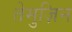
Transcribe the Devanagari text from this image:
तेमुज़िन